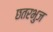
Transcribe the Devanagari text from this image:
छतरभुज